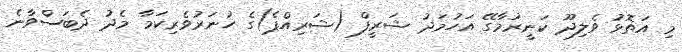
މި އަތޮޅު ވެލިދޫ ކަނީރުމާގޭ އަހުމަދު ޝަރީފް (ޝަރިއްޕެ)ގެ ހުނަރުވެރިކަމާ މެދު ދެބަސްވާނެ